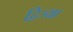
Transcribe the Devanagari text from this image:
द्विज्या